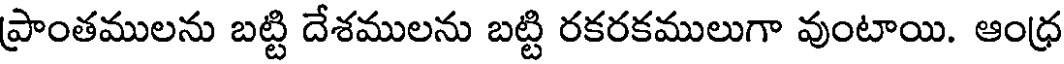
ప్రాంతములను బట్టి దేశములను బట్టి రకరకములుగా వుంటాయి. ఆంధ్ర